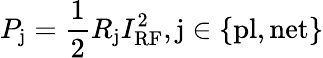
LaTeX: P_{\mathrm{j}}=\frac{1}{2}R_{\mathrm{j}}I_{\mathrm{RF}}^{2},\mathrm{j}\in\{ \mathrm{pl},\mathrm{net}\}